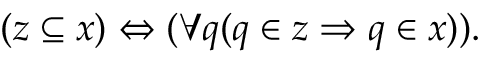
( z \subseteq x ) \Leftrightarrow ( \forall q ( q \in z \Rightarrow q \in x ) ) .